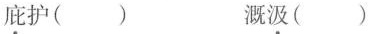
庇护() 溉汲()